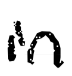
Text: in
Cross-out: clean
Writing tool: digital_black